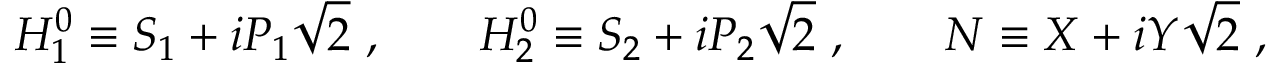
H _ { 1 } ^ { 0 } \equiv { S _ { 1 } + i P _ { 1 } \o \sqrt { 2 } } \ , \qquad H _ { 2 } ^ { 0 } \equiv { S _ { 2 } + i P _ { 2 } \o \sqrt { 2 } } \ , \qquad N \equiv { X + i Y \o \sqrt { 2 } } \ ,